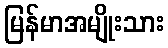
မြန်မာအမျိုးသား